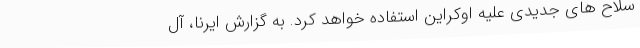
سلاح های جدیدی علیه اوکراین استفاده خواهد کرد. به گزارش ایرنا، آل